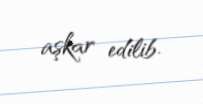
aşkar edilib.